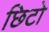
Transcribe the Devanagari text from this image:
छिटो